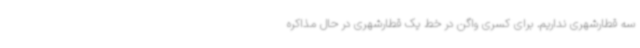
سه قطارشهری نداریم. برای کسری واگن در خط یک قطارشهری در حال مذاکره